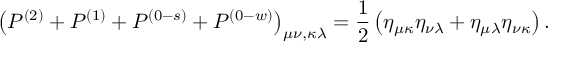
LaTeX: \left( P ^ { ( 2 ) } + P ^ { ( 1 ) } + P ^ { ( 0 - s ) } + P ^ { ( 0 - w ) } \right) _ { \mu \nu , \kappa \lambda } = \frac 1 2 \left( \eta _ { \mu \kappa } \eta _ { \nu \lambda } + \eta _ { \mu \lambda } \eta _ { \nu \kappa } \right) .